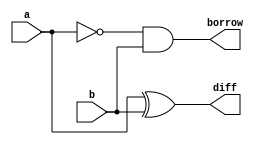
`timescale 1ns / 1ps
//////////////////////////////////////////////////////////////////////////////////
// Company: 
// Engineer: 
// 
// Design Name: 
// Module Name: HS
// Project Name: 
// Target Devices: 
// Tool Versions: 
// Description: 
// 
// Dependencies: 
// 
// Revision:
// Revision 0.01 - File Created
// Additional Comments:
// 
//////////////////////////////////////////////////////////////////////////////////


module HS(a,b,diff,borrow);
input a,b;
output diff,borrow;
assign diff=(a^b);
assign borrow=(~a&b);
endmodule